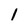
Character: 1